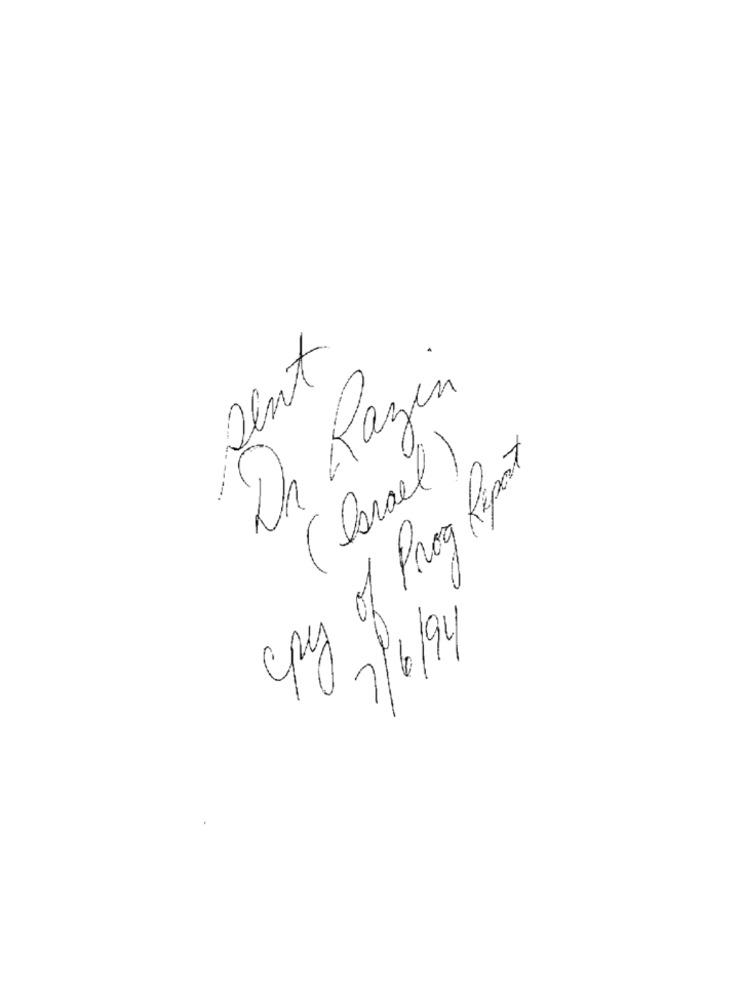
Dent
On Razin
cpy of Prog Report
(Parael)
7/6/94